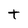
Character: t